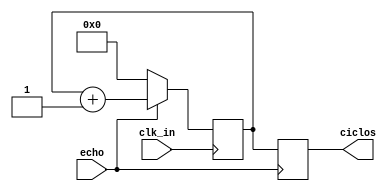
module echocounter(
	input echo,
	input clk_in,
	output reg [19:0] ciclos
);
parameter SIZE=20;

reg [SIZE-1:0] count=0;

always@(posedge clk_in)
	begin
		if(echo==1)
			begin
				count=count+1;
			end
		else
			begin
				count=0;
			end
	end
always@(negedge echo)
	begin
		ciclos = count;
	end
endmodule